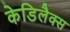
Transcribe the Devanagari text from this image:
केडिलैक्‍स